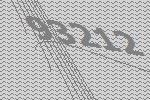
93212